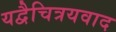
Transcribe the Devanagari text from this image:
यद्वैचित्रयवाद